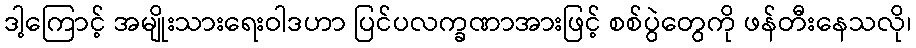
ဒါ့ကြောင့် အမျိုးသားရေးဝါဒဟာ ပြင်ပလက္ခဏာအားဖြင့် စစ်ပွဲတွေကို ဖန်တီးနေသလို၊